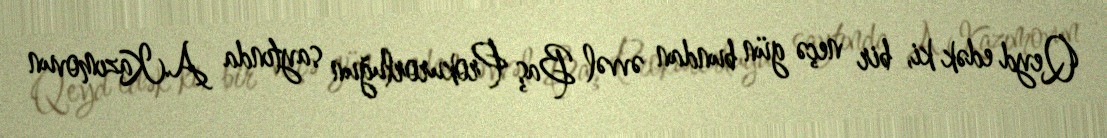
Qeyd edək ki, bir neçə gün bundan əvvəl Baş Prokurorluğun saytında A.Kazımovun